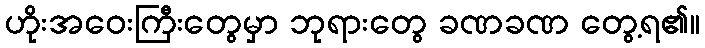
ဟိုးအဝေးကြီးတွေမှာ ဘုရားတွေ ခဏခဏ တွေ့ရ၏။